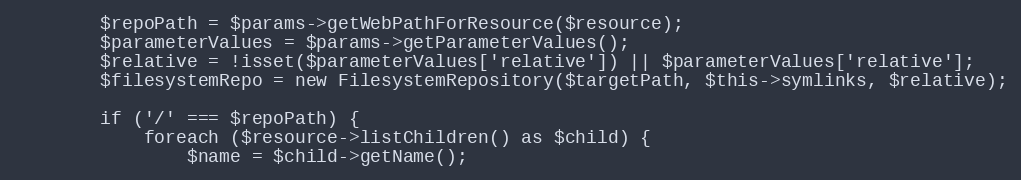
Language: PHP
        $repoPath = $params->getWebPathForResource($resource);
        $parameterValues = $params->getParameterValues();
        $relative = !isset($parameterValues['relative']) || $parameterValues['relative'];
        $filesystemRepo = new FilesystemRepository($targetPath, $this->symlinks, $relative);

        if ('/' === $repoPath) {
            foreach ($resource->listChildren() as $child) {
                $name = $child->getName();